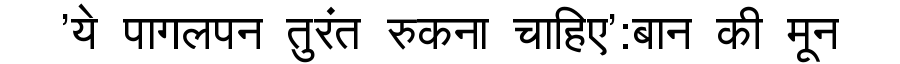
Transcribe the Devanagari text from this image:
'ये पागलपन तुरंत रुकना चाहिए':बान की मून